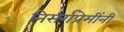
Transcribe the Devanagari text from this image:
निसर्गप्रेमींनी